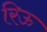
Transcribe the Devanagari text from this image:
रिऊ